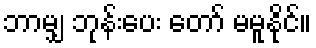
ဘာမျှ ဘုန်းပေး တော် မမူနိုင်။